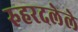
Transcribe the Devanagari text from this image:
रुहरदलेले